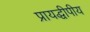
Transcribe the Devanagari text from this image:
प्रायद्धीपीय